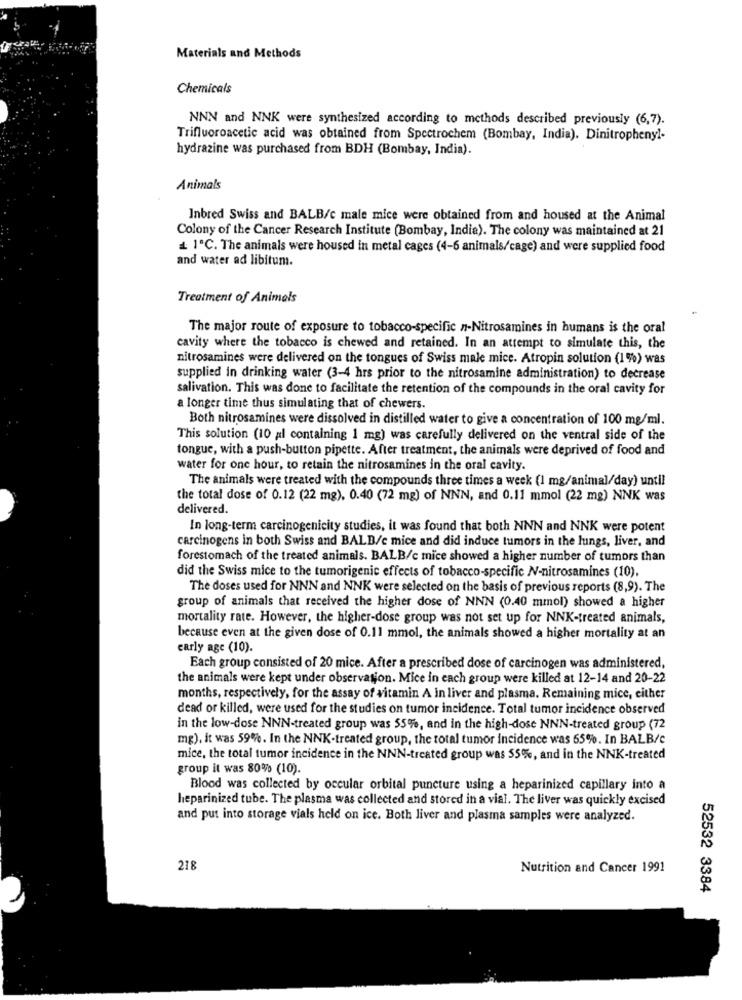
Materials and Methods
Chemicals
NNN and NNK were synthesized according to methods described previously (6,7).
Trifluoroacetic acid was obtained from Spectrochem (Bombay, India). Dinitrophenyl-
hydrazine was purchased from BDH (Bombay, India).
Animals
Inbred Swiss and BALB/c male mice were obtained from and housed at the Animal
Colony of the Cancer Research Institute (Bombay, India). The colony was maintained at 21
& 1ºC. The animals were housed in metal cages (4-6 animals/cage) and were supplied food
and water ad libitum.
Treatment of Animals
The major route of exposure to tobacco-specific n-Nitrosamines in humans is the oral
cavity where the tobacco is chewed and retained. In an attempt to simulate this, the
nitrosamines were delivered on the tongues of Swiss male mice. Atropin solution (1%) was
supplied in drinking water (3-4 hrs prior to the nitrosamine administration) to decrease
salivation. This was done to facilitate the retention of the compounds in the oral cavity for
a longer time thus simulating that of chewers.
Both nitrosamines were dissolved in distilled water to give a concentration of 100 mg/ml.
This solution (10 al containing 1 mg) was carefully delivered on the ventral side of the
tongue, with a push-button pipette. After treatment, the animals were deprived of food and
water for one hour, to retain the nitrosamines in the oral cavity.
The animals were treated with the compounds three times a week (1 mg/animal/day) until
the total dose of 0.12 (22 mg), 0.40 (72 mg) of NNN, and 0.11 mmol (22 mg) NNK was
delivered.
In long-term carcinogenicity studies, it was found that both NNN and NNK were potent
carcinogens in both Swiss and BALD/c mice and did induce tumors in the lungs, liver, and
forestomach of the treated animals. BALB/c mice showed a higher number of tumors than
did the Swiss mice to the tumorigenic effects of tobacco-specific N-nitrosamines (10).
The doses used for NNN and NNK were selected on the basis of previous reports (8,9). The
group of animals that received the higher dose of NNN (0.40 mmol) showed a higher
mortality rate. However, the higher-dose group was not set up for NNK-treated animals,
because even at the given dose of 0.11 mmol, the animals showed a higher mortality at an
early age (10).
Each group consisted of 20 mice. After a prescribed dose of carcinogen was administered,
the animals were kept under observation. Mice in each group were killed at 12-14 and 20-22
months, respectively, for the assay of vitamin A in liver and plasma. Remaining mice, either
dead or killed, were used for the studies on tumor incidence. Total tumor incidence observed
in the low-dose NNN-treated group was 55%, and in the high-dose NNN-treated group (72
mg), it was 59%. In the NNK-treated group, the total tumor incidence was 65%. In BALB/c
mice, the total tumor incidence in the NNN-treated group was 55%, and in the NNK-treated
group it was 80% (10).
Blood was collected by occular orbital puncture using a heparinized capillary into a
heparinized tube. The plasma was collected and stored in a vial. The liver was quickly excised
and put into storage vials held on ice. Both liver and plasma samples were analyzed.
218
Nutrition and Cancer 1991
52532 3384